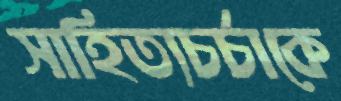
সাহিত্যচর্চাকে